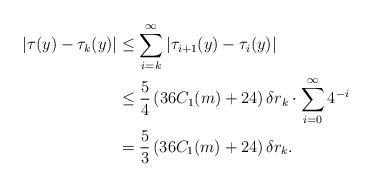
LaTeX: \begin{align*} \vert \tau(y)-\tau_k(y) \vert &\leq \sum_{i=k}^{\infty} \vert \tau_{i+1}(y) - \tau_i(y) \vert\\ &\leq \frac 5 4 \left( 36C_1(m) +24\right) \delta r_k \cdot\sum_{i=0}^\infty 4 ^{-i}\\ &= \frac 5 3 \left( 36C_1(m) +24\right) \delta r_k . \end{align*}